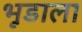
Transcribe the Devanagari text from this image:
भूडाला